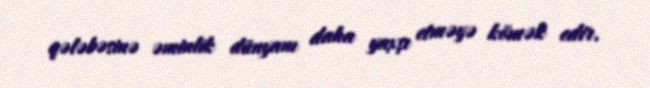
qələbəsinə əminlik dünyanı daha yaxşı etməyə kömək edir.